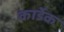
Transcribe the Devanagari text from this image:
कार्डेक